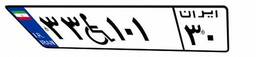
۳۳W۱۰۱۳۰